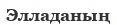
Элладаның